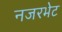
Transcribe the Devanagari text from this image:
नजरभेट